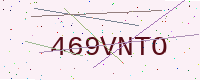
Text: 469VNTO